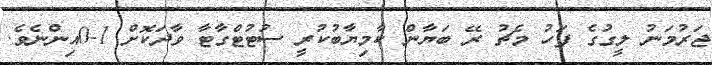
ޖަރުމަނު ލީގުގެ ފަހު މެޗު ރޭ ބަޔާން ކާމިޔާބުކުރީ ސުޓުޓްގާޓާ ވާދަކޮށް 1-0އިންނެވެ.